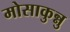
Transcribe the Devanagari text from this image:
मोसाकुन्नु